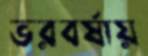
ভরবর্ষায়